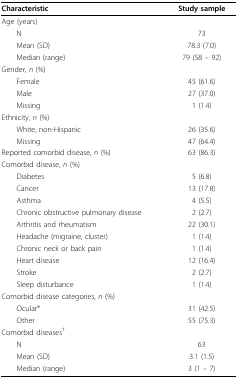
<table><thead><tr><td><b>Characteristic</b></td><td><b>Study sample</b></td></tr></thead><tbody><tr><td>Age (years)</td><td></td></tr><tr><td> N</td><td>73</td></tr><tr><td> Mean (SD)</td><td>78.3 (7.0)</td></tr><tr><td> Median (range)</td><td>79 (58 -- 92)</td></tr><tr><td>Gender, <i>n </i>(%)</td><td></td></tr><tr><td> Female</td><td>45 (61.6)</td></tr><tr><td> Male</td><td>27 (37.0)</td></tr><tr><td> Missing</td><td>1 (1.4)</td></tr><tr><td>Ethnicity, <i>n </i>(%)</td><td></td></tr><tr><td> White, non-Hispanic</td><td>26 (35.6)</td></tr><tr><td> Missing</td><td>47 (64.4)</td></tr><tr><td>Reported comorbid disease, <i>n </i>(%)</td><td>63 (86.3)</td></tr><tr><td>Comorbid disease, <i>n </i>(%)</td><td></td></tr><tr><td> Diabetes</td><td>5 (6.8)</td></tr><tr><td> Cancer</td><td>13 (17.8)</td></tr><tr><td> Asthma</td><td>4 (5.5)</td></tr><tr><td> Chronic obstructive pulmonary disease</td><td>2 (2.7)</td></tr><tr><td> Arthritis and rheumatism</td><td>22 (30.1)</td></tr><tr><td> Headache (migraine, cluster)</td><td>1 (1.4)</td></tr><tr><td> Chronic neck or back pain</td><td>1 (1.4)</td></tr><tr><td> Heart disease</td><td>12 (16.4)</td></tr><tr><td> Stroke</td><td>2 (2.7)</td></tr><tr><td> Sleep disturbance</td><td>1 (1.4)</td></tr><tr><td>Comorbid disease categories, <i>n </i>(%)</td><td></td></tr><tr><td> Ocular*</td><td>31 (42.5)</td></tr><tr><td> Other</td><td>55 (75.3)</td></tr><tr><td>Comorbid diseases<sup>†</sup></td><td></td></tr><tr><td> N</td><td>63</td></tr><tr><td> Mean (SD)</td><td>3.1 (1.5)</td></tr><tr><td> Median (range)</td><td>3 (1 -- 7)</td></tr></tbody></table>